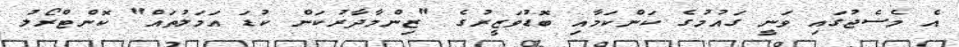
އެ މެސެޖުގައި ވަނީ ގައުމުގެ ކަންކަމާއި ބޮޑުވަޒީރުގެ "ޒިންމާދާރުކަން ކުޑަ އަމަލުތައް" ކޮންޓްރޯލު